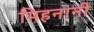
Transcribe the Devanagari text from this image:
मिहनानी